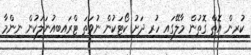
ކުރިން އޮތް ގޮތުން މާލޭގައި ހުރި ދަށު ކޯޓަކުން ނުވަތަ ޓްރައިބިއުނަލަކުން ނިންމާ